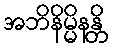
အဘိနိမ္မိနန္တိ